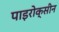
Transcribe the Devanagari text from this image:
पाइरोक्सीन